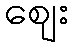
ဈေး